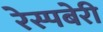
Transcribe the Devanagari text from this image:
रेस्पबेरी